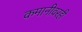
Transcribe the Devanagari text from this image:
कमानीवरही